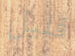
قليل